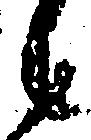
候